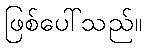
ဖြစ်ပေါ်သည်။